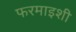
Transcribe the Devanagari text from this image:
फरमाइशी